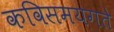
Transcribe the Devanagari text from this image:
कविसमयगते